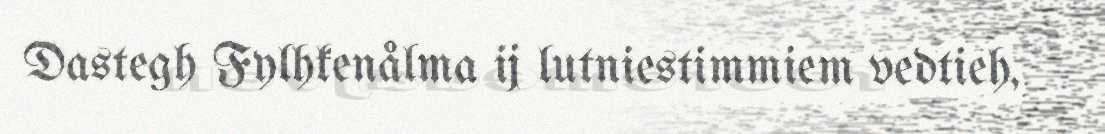
Dastegh Fylhkenålma ij lutniestimmiem vedtieh,